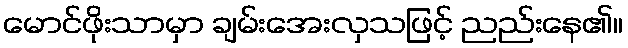
မောင်ဖိုးသာမှာ ချမ်းအေးလှသဖြင့် ညည်းနေ၏။